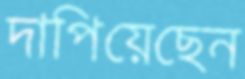
দাপিয়েছেন